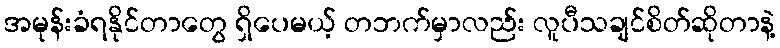
အမုန်းခံရနိုင်တာတွေ ရှိပေမယ့် တဘက်မှာလည်း လူပီသချင်စိတ်ဆိုတာနဲ့